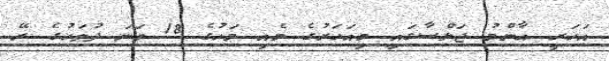
އަހަރީ އާންމު ޖަލްސާގަައި މިއަހަރުގެ މެއި މަހުގެ 18 ވަނަ ދުވަހުގެ ރޭ